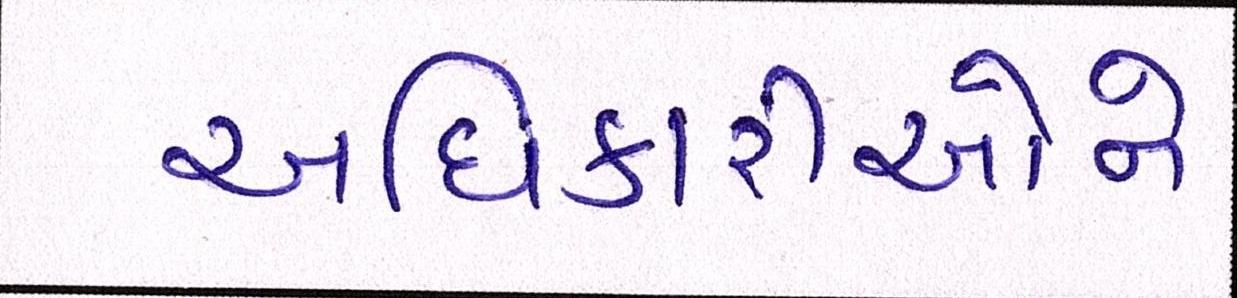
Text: અધિકારીઓને